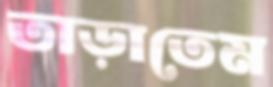
তাড়াতেম